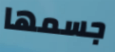
جسمها